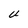
Character: u